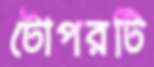
টোপরটি